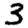
Digit: 3